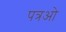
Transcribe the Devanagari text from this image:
पत्रओ